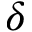
\delta